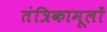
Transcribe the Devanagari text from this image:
तंत्रिकामूलों